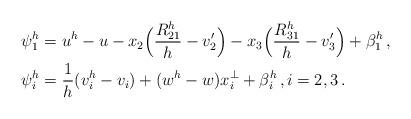
LaTeX: \begin{align*}\psi_1^h &= u^h - u - x_2\Big(\frac{R_{21}^h}{h} - v_2'\Big) - x_3\Big(\frac{R_{31}^h}{h} - v_3'\Big) + \beta_1^h\,,\\\psi_i^h &= \frac{1}{h}(v_i^h - v_i) + (w^h - w)x_i^\bot + \beta_i^h\,,i=2,3\,.\end{align*}